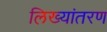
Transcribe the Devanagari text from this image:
लिख्यांतरण